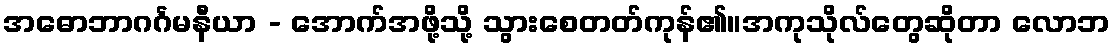
အဓောဘာဂင်္ဂမနီယာ - အောက်အဖို့သို့ သွားစေတတ်ကုန်၏။အကုသိုလ်တွေဆိုတာ လောဘ